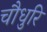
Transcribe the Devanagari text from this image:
चौधुरि